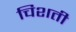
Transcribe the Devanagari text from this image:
चिशती